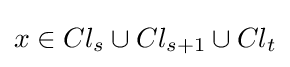
x\in Cl_{s}\cup Cl_{s+1}\cup Cl_{t}